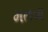
મતવા